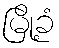
မြို့ခံ